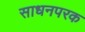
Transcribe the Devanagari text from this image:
साधनपरक